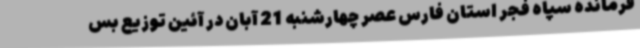
فرمانده سپاه فجر استان فارس عصر چهارشنبه 21 آبان در آئین توزیع بس